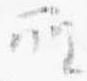
所